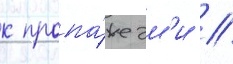
к пропа́же эм'и //